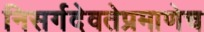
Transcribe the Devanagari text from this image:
निसर्गदेवतेप्रमाणेच